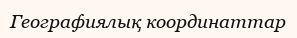
Географиялық координаттар